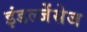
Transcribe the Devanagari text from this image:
इंडल्जेंसेज